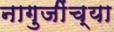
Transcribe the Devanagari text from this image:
नागुजींच्या